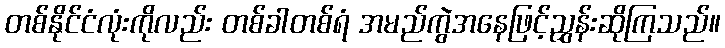
တစ်နိုင်ငံလုံးကိုလည်း တစ်ခါတစ်ရံ အမည်ကွဲအနေဖြင့်ညွှန်းဆိုကြသည်။